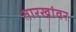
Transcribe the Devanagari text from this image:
तारखांवर